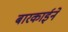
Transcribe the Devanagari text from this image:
बारकार्इने